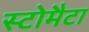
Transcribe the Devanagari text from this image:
स्टोमैटा